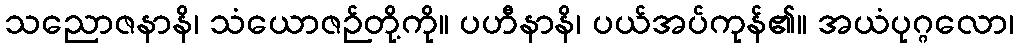
သညောဇနာနိ၊ သံယောဇဉ်တို့ကို။ ပဟီနာနိ၊ ပယ်အပ်ကုန်၏။ အယံပုဂ္ဂလော၊